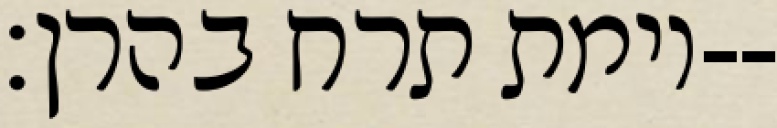
וימת תרח בהרן׃--